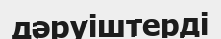
дәруіштерді